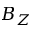
B _ { Z }